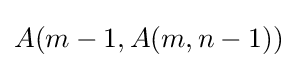
A(m-1,A(m,n-1))